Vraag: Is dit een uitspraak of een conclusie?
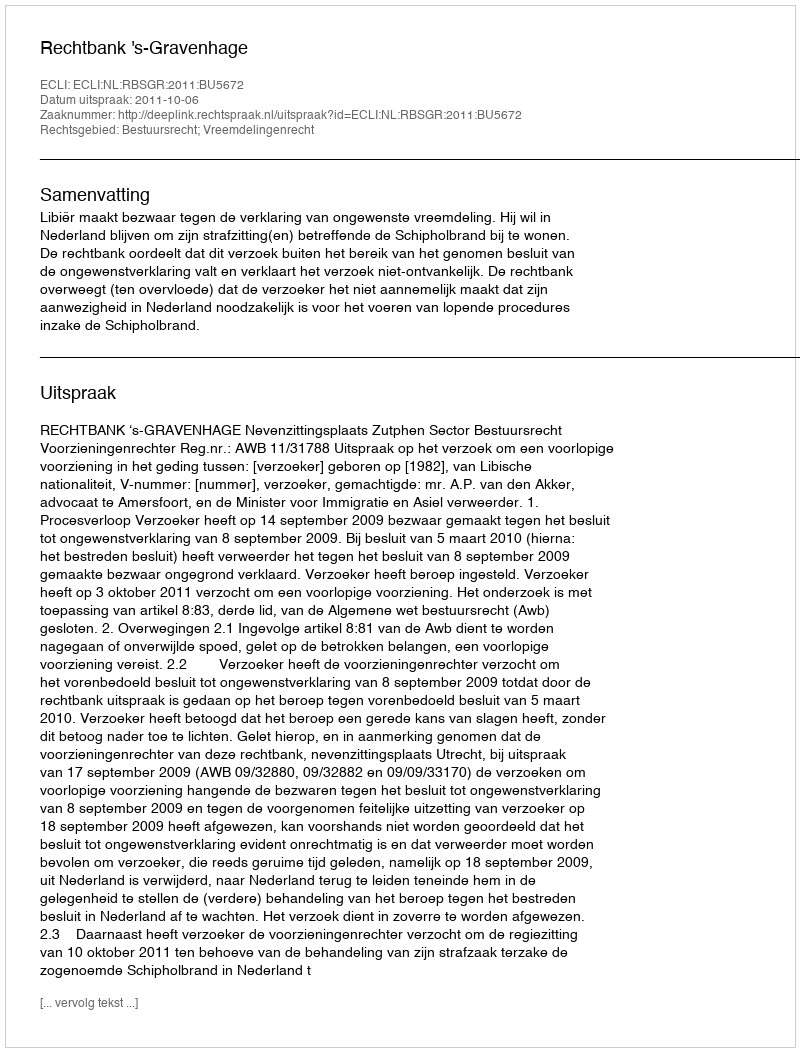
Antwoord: Uitspraak